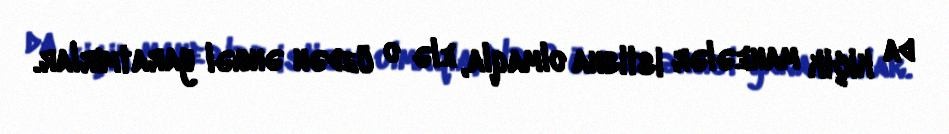
da kiçik maneələr istisna olmaqla, elə o üzdən əngəl yaratmırlar.